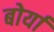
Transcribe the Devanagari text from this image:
बोर्या